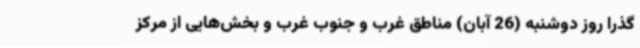
گذرا روز دوشنبه (26 آبان) مناطق غرب و جنوب غرب و بخش‌هایی از مرکز